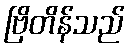
ဗြိတိန်သည်